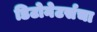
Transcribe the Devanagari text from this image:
डिटोनेटर्सचा